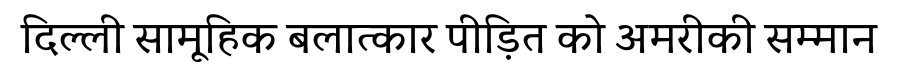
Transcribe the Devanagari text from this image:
दिल्ली सामूहिक बलात्कार पीड़ित को अमरीकी सम्मान